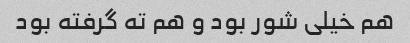
هم خیلی شور بود و هم ته گرفته بود